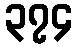
၃၇၄